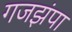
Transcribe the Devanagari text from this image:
गजझंपा